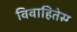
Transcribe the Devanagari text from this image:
विवाहितेस